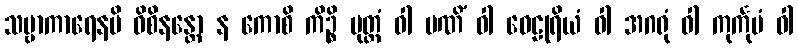
သဗ္ဗာကာရေနပိ ဝိစိနန္တော န ကောစိ ကိဉ္စိ မုတ္တံ ဝါ မဏိံ ဝါ ဝေဠုရိယံ ဝါ အဂရုံ ဝါ ကုင်္ကုမံ ဝါ